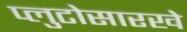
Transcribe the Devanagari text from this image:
प्लुटोसारखे